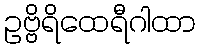
ဥဗ္ဗိရိထေရီဂါထာ